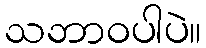
သဘာဝပါပဲ။